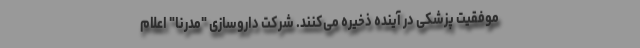
موفقیت پزشکی در آینده ذخیره می‌کنند. شرکت داروسازی "مُدرنا" اعلام